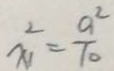
x _ { 1 } ^ { 2 } = \frac { a ^ { 2 } } { 1 0 }